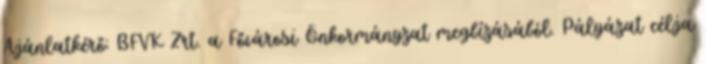
Ajánlatkérő: BFVK Zrt. a Fővárosi Önkormányzat megbízásából. Pályázat célja